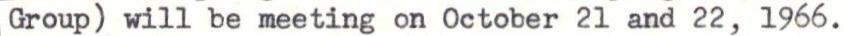
Group) will be meeting on October 21 and 22, 1966.